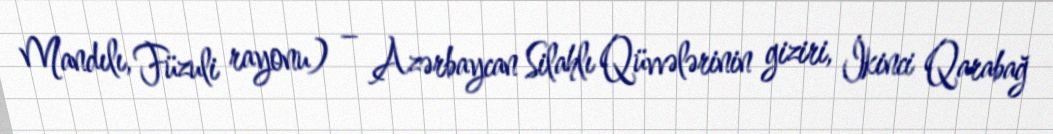
Mandılı, Füzuli rayonu) – Azərbaycan Silahlı Qüvvələrinin giziri, İkinci Qarabağ